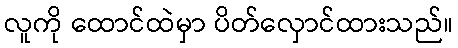
လူကို ထောင်ထဲမှာ ပိတ်လှောင်ထားသည်။